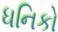
ધનિકો